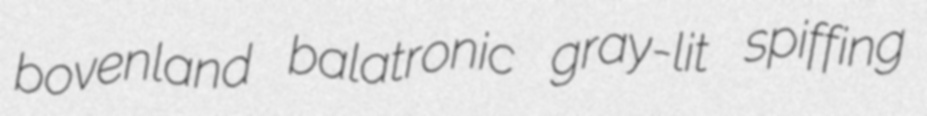
bovenland balatronic gray-lit spiffing